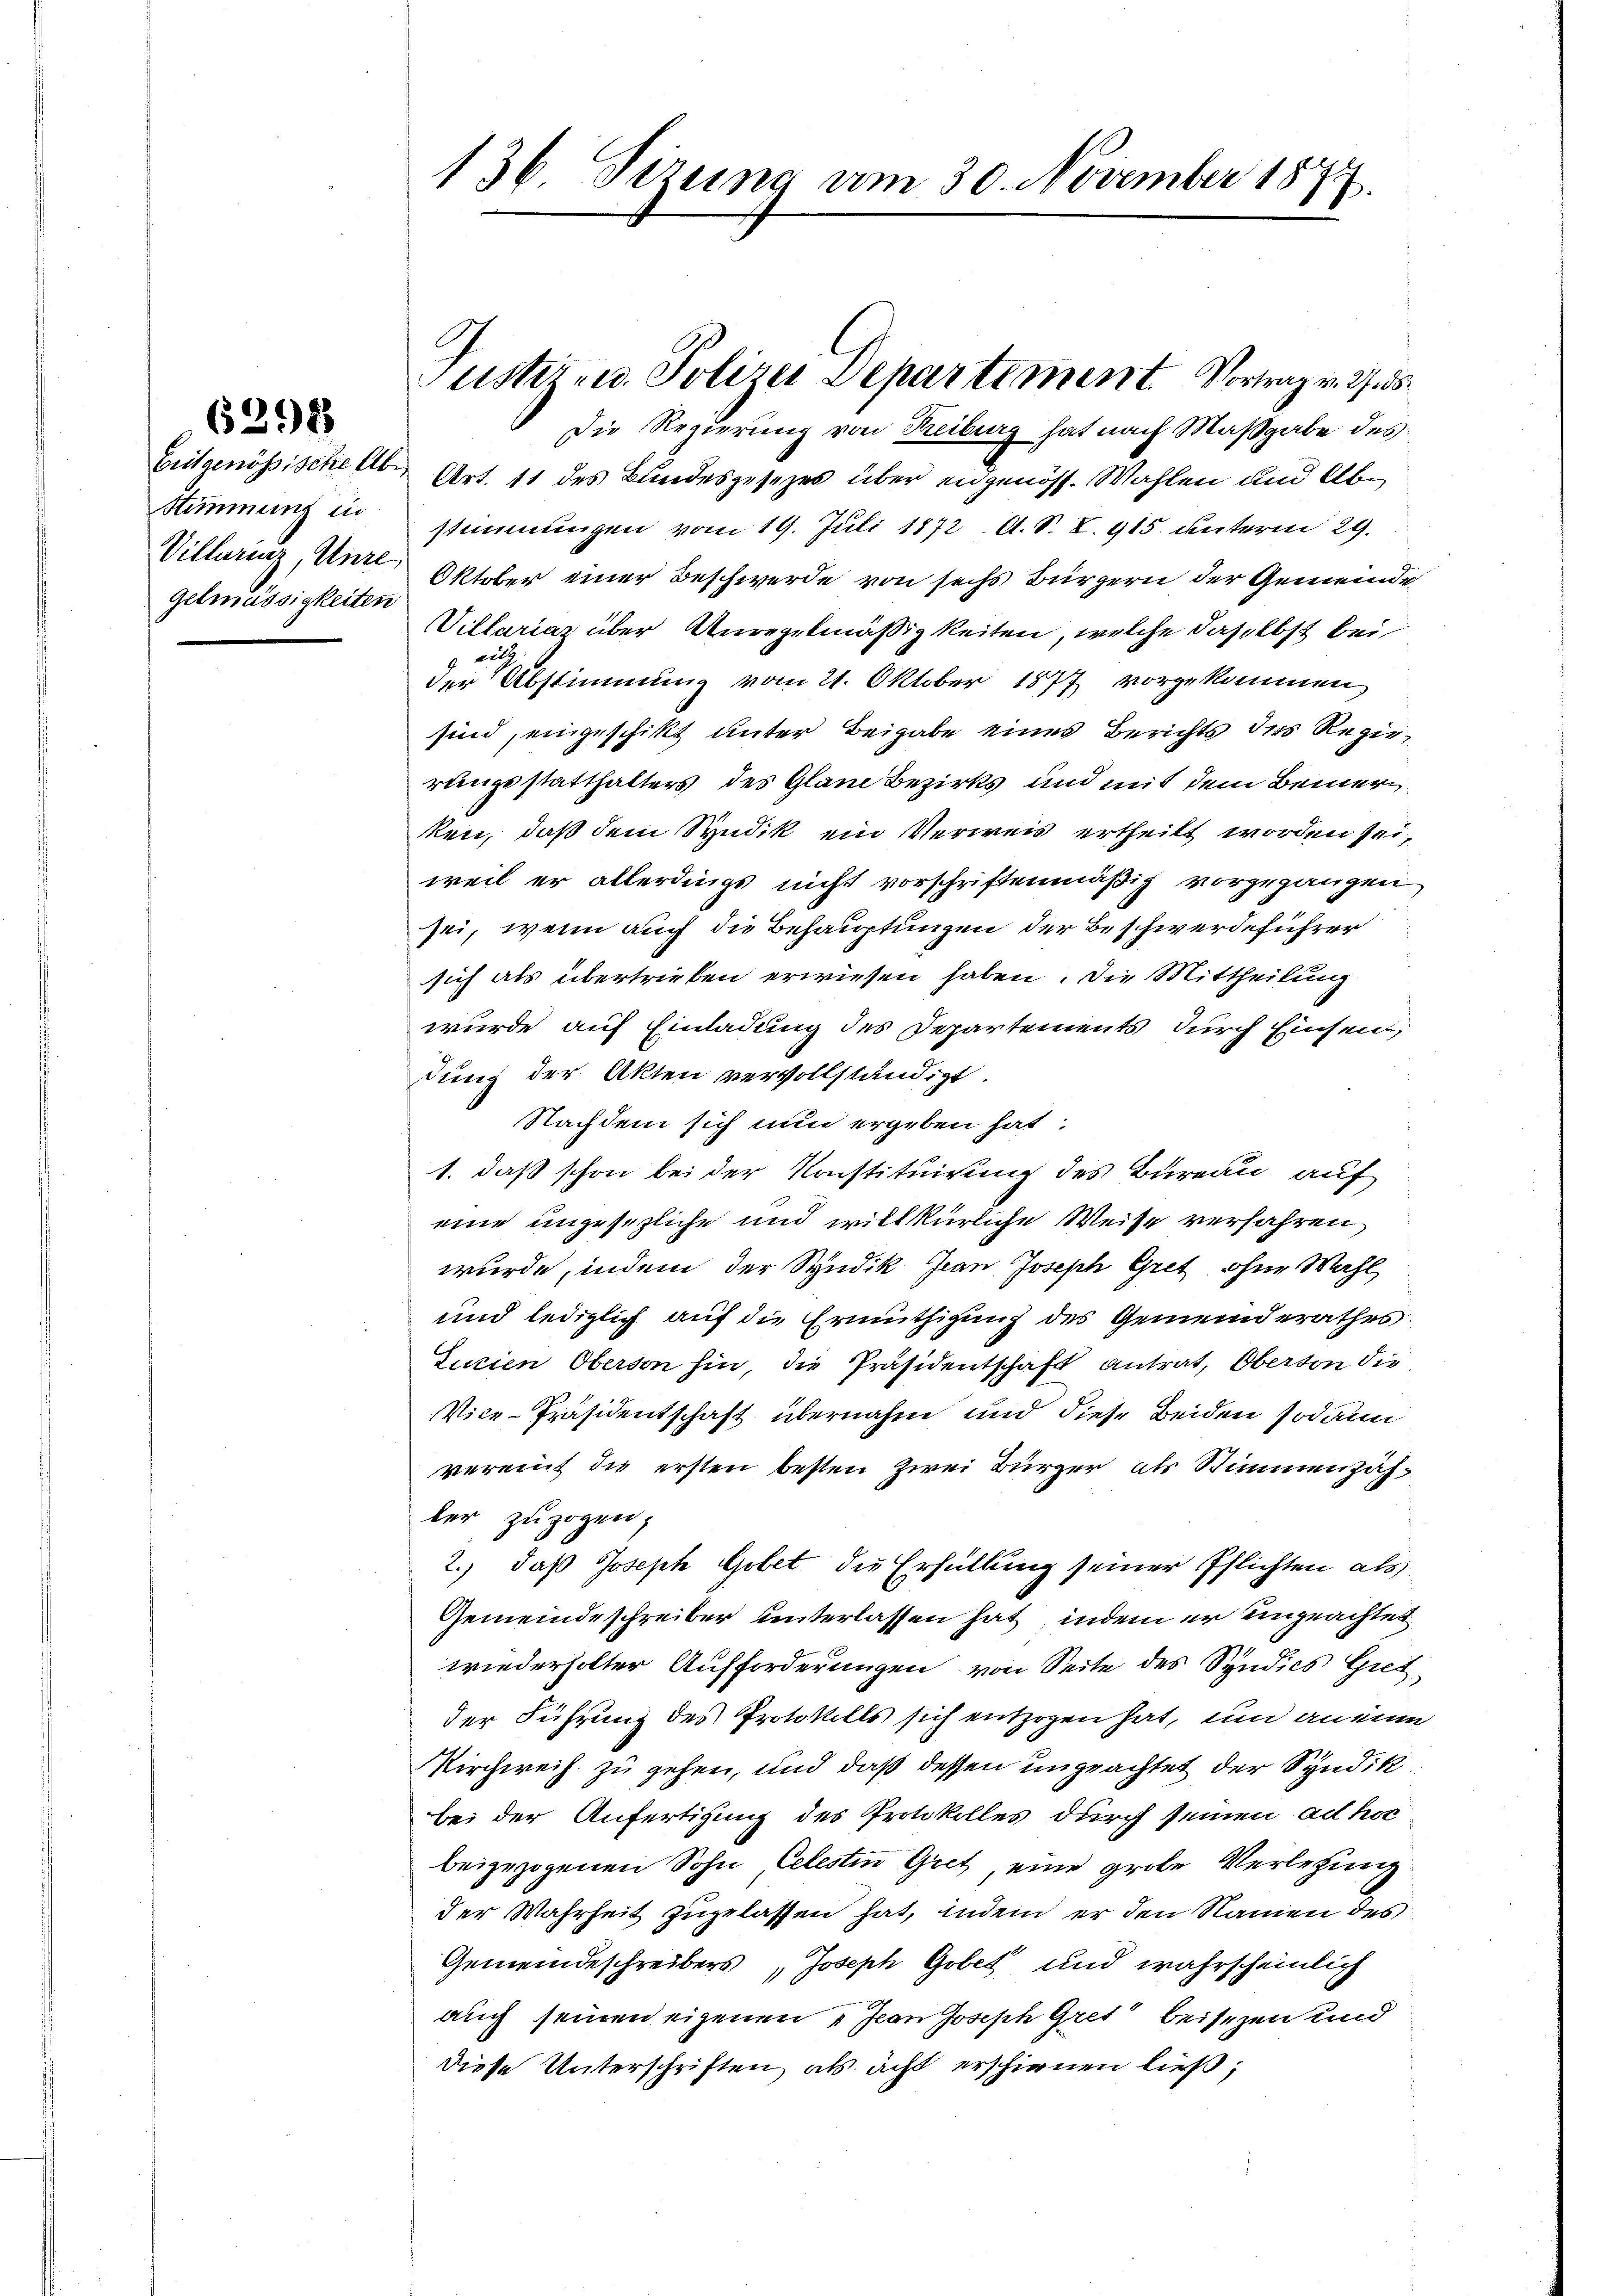
6298

Stimmung in
Villering, Unre
gelmässigkeiten

136 Sizung am 30. November 1877.

Die Regierung von Reiburg hat nach Maßgabe des
Geitgenössische Alb. Art. 11 des Bundesgesezes über eidgenöss. Wahlen und Abstimmungen vom 19. Juli 1872 A. S. I. 915. unterm 29.
Oktober einer Beschwerde von sechs Bürgern der Gemeinde
Villariaz über Anregelmäßigkeiten, welche daselbst bei
i
der Abstimmung vom 21. Oktober 1877 vorgekommen
sind, eingeschikt unter Beigabe eines Berichts des Regierungsstatthalters des Glane Bezirks und mit dem Bemerken, daß dem Syndik ein Verweis ertheilt worden sei,
weil er allerdings nicht vorschriftenmäßig vorgegangen
sei, wenn auch die Behauptungen der Beschwerdeführer
sich als übertrieben erwiesen haben. Die Mittheilung
wurde auf Einladung des Departements durch Einsendung der Akten vervollständigt.
Nachdem sich nun ergeben hat.
1. daß schon bei der Konstituirung des Bureau auf
eine ungesezliche und willkürliche Weise verfahren,
wurde, indem der Studik Jean Joseph Gret, ohne Wahl,
und lediglich auf die Ermüthigung des Gemeinderathes
Surien Oberson hin, die Präsidentschaft antrat, Oberson die
Vice-Präsidentschaft übernahm und diese Beiden sodann
vereint die ersten besten Zwei Bürger als Stimmenzähler zuzogen,
2.) daß Joseph Gobet, die Erfüllung seiner Pflichten als
Gemeindeschreiber unterlassen hat, indem er eingeachtet
wiederholter Aufforderungen von Seite des Syndics Giet
der Führung des Protokolls sich entzogen hat, und an eine
Kirchweih zu gehen, und daß dessen ungeachtet der Syndik
bei der Anfertigung des Protokolles durch seinen ad hoc
beigezogenen Sohn Celestin Gret, eine große Verletzung
der Wahrheit zugelassen hat, indem er den Namen des
Gemeindeschreibers, Joseph Gobet und wahrscheinlich
auch seinen eigenen „Jean Joseph Gret“ beisezen und
diese Unterschriften, als acht erschienen ließ;

Justiz- u. Polizei Departement. Vortrag v. 275.